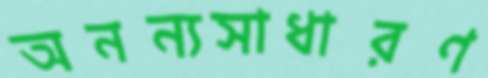
অনন্যসাধারণ